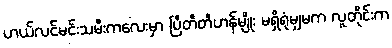
ဟယ်လင်မင်းသမီးကလေးမှာ ပြီတီတီဟန်မျိုး မရှိရုံမျှမက လူတိုင်းက